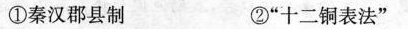
①秦汉郡县制 ②“十二铜表法”